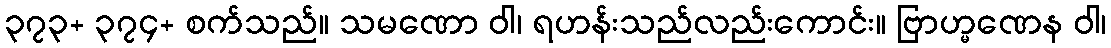
၃၇၃+ ၃၇၄+ စက်သည်။ သမဏော ဝါ၊ ရဟန်းသည်လည်းကောင်း။ ဗြာဟ္မဏေန ဝါ၊